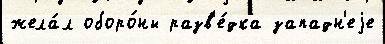
жела́л оборо́ны разв'е́дка западн'еjе